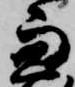
兼